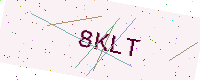
Text: 8KLT